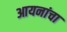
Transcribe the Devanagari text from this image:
आयनांचा